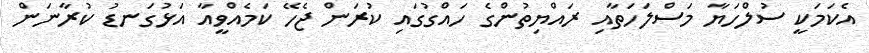
އެކަމަކީ ސުލްހަޔާ މަސްލަހަތާއި ރައްޔިތުންގެ ހައްގުގައި ކުރަން ޖެހޭ ކަމެއްވީއާ އަޅުގަނޑު ކުރާނަން